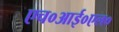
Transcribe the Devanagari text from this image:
एच०आई०एल०